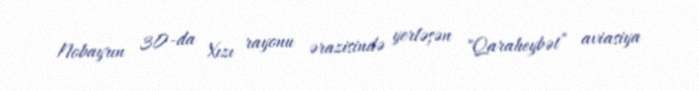
Nobayrın 30-da Xızı rayonu ərazisində yerləşən "Qaraheybət” aviasiya